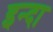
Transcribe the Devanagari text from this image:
इन्दा